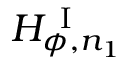
H _ { \phi , n _ { 1 } } ^ { \mathrm { ~ I ~ } }